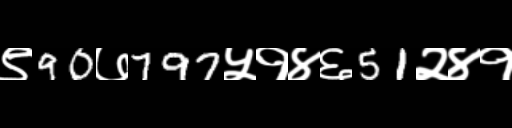
Text: ९90७797५१४६51२४१